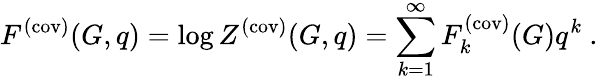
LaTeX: F^{(\mathrm{cov)}}(G,q)=\log Z^{(\mathrm{cov)}}(G,q)=\sum_{k=1}^{\infty}F_{k}^{(\mathrm{cov)}}(G)q^{k}~.